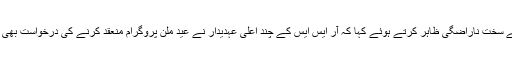
محمد فاروق نے سخت ناراضگی ظاہر کرتے ہوئے کہا کہ آر ایس ایس کے چند اعلی عہدیدار نے عید ملن پروگرام منعقد کرنے کی درخواست بھی رد کردی ہے ۔